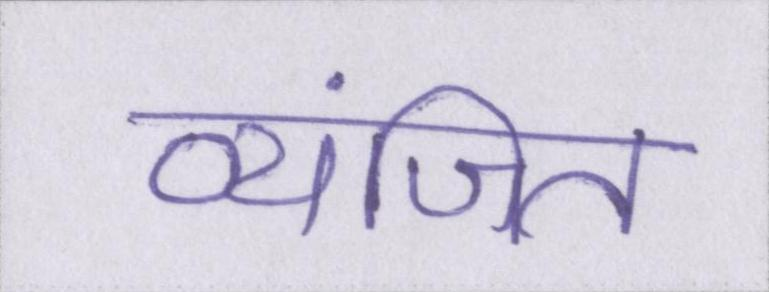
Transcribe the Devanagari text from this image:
व्यंजित